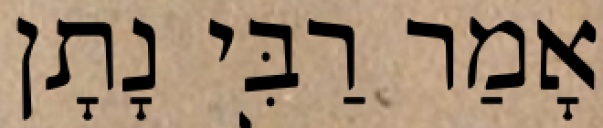
אָמַר רַבִּי נָתָן